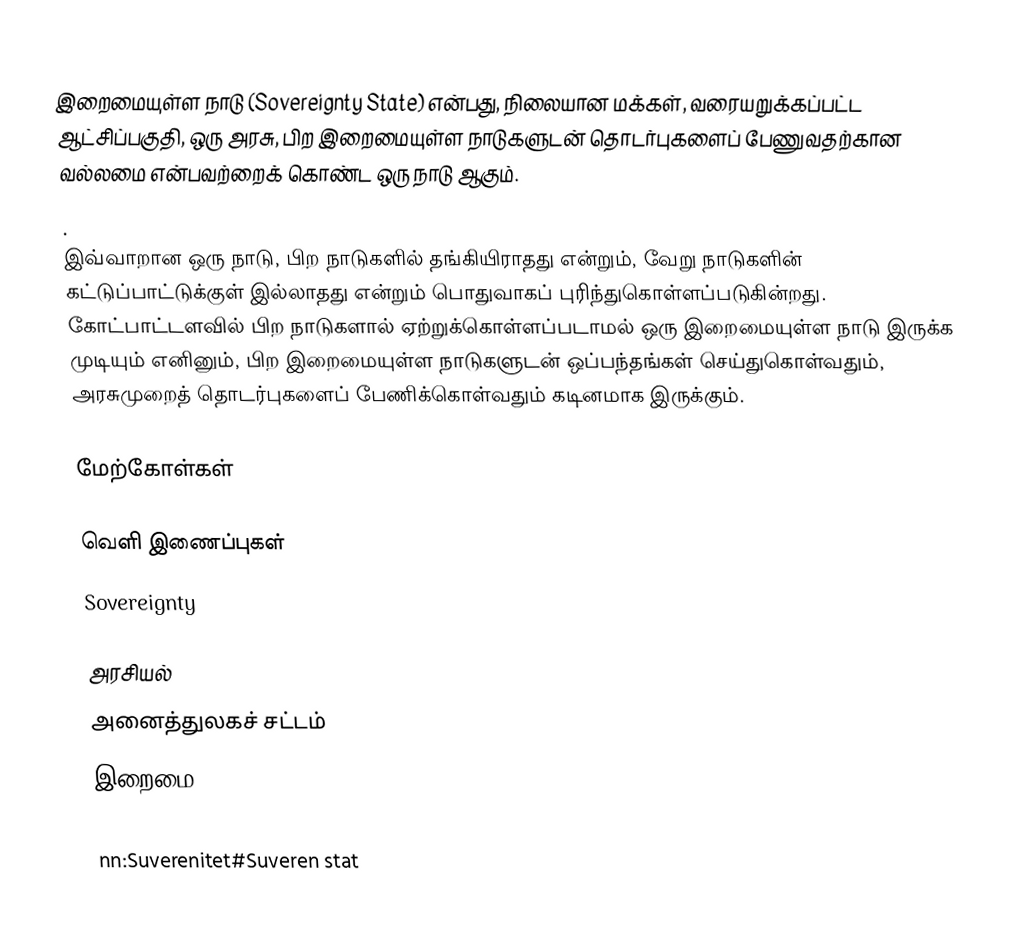
இறைமையுள்ள நாடு (Sovereignty State) என்பது, நிலையான மக்கள், வரையறுக்கப்பட்ட ஆட்சிப்பகுதி, ஒரு அரசு, பிற இறைமையுள்ள நாடுகளுடன் தொடர்புகளைப் பேணுவதற்கான வல்லமை என்பவற்றைக் கொண்ட ஒரு நாடு ஆகும்.
.
இவ்வாறான ஒரு நாடு, பிற நாடுகளில் தங்கியிராதது என்றும், வேறு நாடுகளின் கட்டுப்பாட்டுக்குள் இல்லாதது என்றும் பொதுவாகப் புரிந்துகொள்ளப்படுகின்றது. கோட்பாட்டளவில் பிற நாடுகளால் ஏற்றுக்கொள்ளப்படாமல் ஒரு இறைமையுள்ள நாடு இருக்க முடியும் எனினும், பிற இறைமையுள்ள நாடுகளுடன் ஒப்பந்தங்கள் செய்துகொள்வதும், அரசுமுறைத் தொடர்புகளைப் பேணிக்கொள்வதும் கடினமாக இருக்கும்.

மேற்கோள்கள்

வெளி இணைப்புகள்
  Sovereignty

அரசியல்
அனைத்துலகச் சட்டம்
இறைமை

nn:Suverenitet#Suveren stat